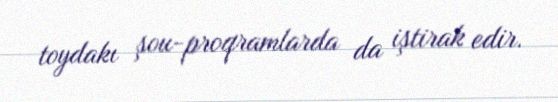
toydakı şou-proqramlarda da iştirak edir.